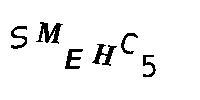
SMEHC5